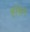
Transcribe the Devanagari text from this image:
हॉसेन